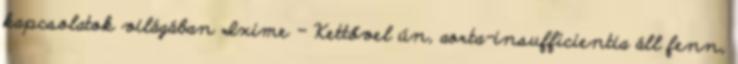
kapcsolatok világában Ixime - Kettővel ún, aorta-insufficientia áll fenn,